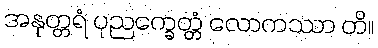
အနုတ္တရံ ပုညက္ခေတ္တံ လောကဿာ တိ။